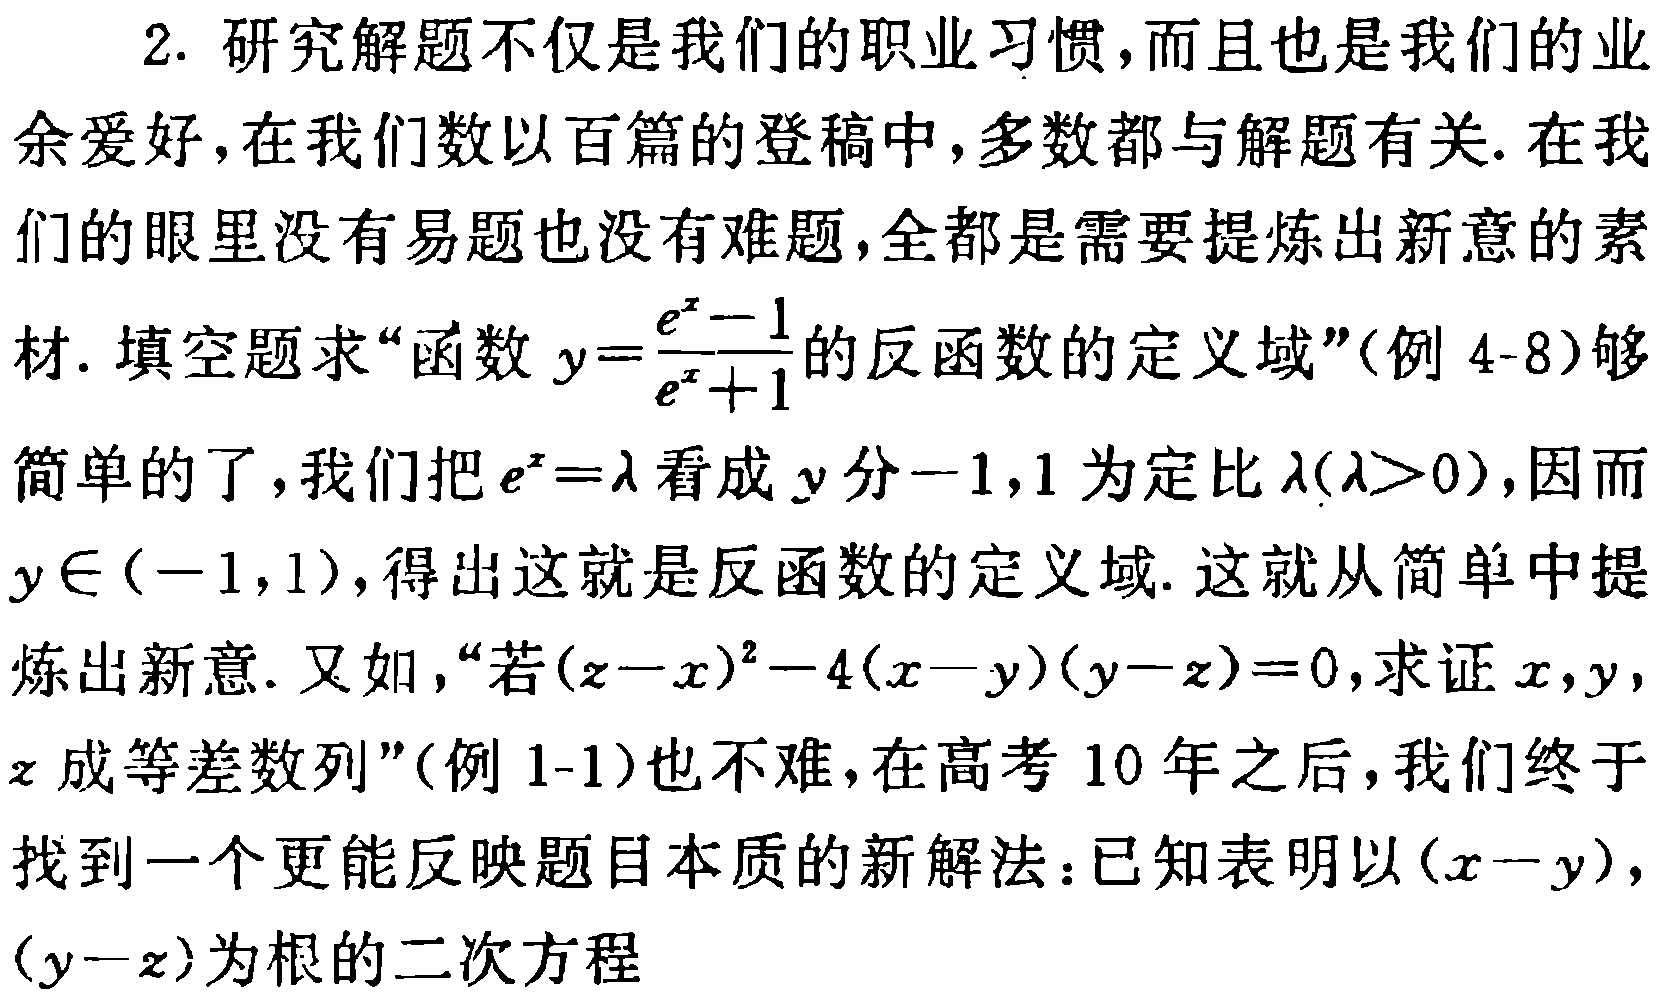
2. 研究解题不仅是我们的职业习惯，而且也是我们的业余爱好，在我们数以百篇的登稿中，多数都与解题有关. 在我们的眼里没有易题也没有难题，全都是需要提炼出新意的素材. 填空题求“函数 \(y = \frac{e^{x}-1}{e^{x}+1}\) 的反函数的定义域”(例 4 - 8)够简单的了，我们把 \(e^{x}=\lambda\) 看成 \(y\) 分 \(-1,1\) 为定比 \(\lambda(\lambda>0)\)，因而 \(y\in(-1,1)\)，得出这就是反函数的定义域. 这就从简单中提炼出新意. 又如，“若 \((z - x)^{2}-4(x - y)(y - z)=0\)，求证 \(x,y,z\) 成等差数列”(例 1 - 1)也不难，在高考 10 年之后，我们终于找到一个更能反映题目本质的新解法：已知表明以 \((x - y)\)，\((y - z)\) 为根的二次方程